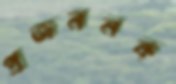
প্রজননক্